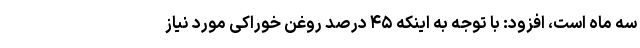
سه ماه است، افزود: با توجه به اینکه ۴۵ درصد روغن خوراکی مورد نیاز